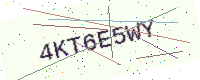
Text: 4KT6E5WY